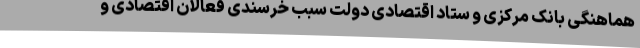
هماهنگی بانک مرکزی و ستاد اقتصادی دولت سبب خرسندی فعالان اقتصادی و